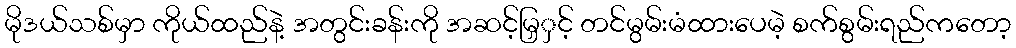
မိုဒယ်သစ်မှာ ကိုယ်ထည်နဲ့ အတွင်းခန်းကို အဆင့်မြှှင့် တင်မွမ်းမံထားပေမဲ့ စက်စွမ်းရည်ကတော့